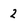
Character: 2